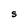
Character: S